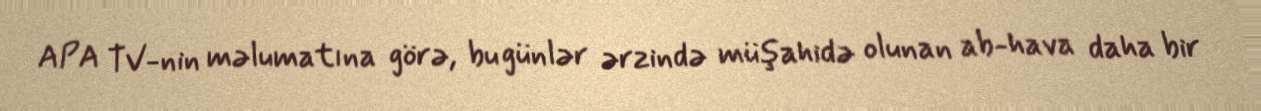
APA TV-nin məlumatına görə, bu günlər ərzində müşahidə olunan ab-hava daha bir